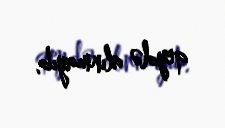
qeydə alınmayıb.